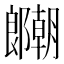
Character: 𫑱